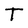
Character: T